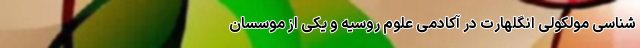
‌شناسیِ مولکولیِ انگلهارت در آکادمیِ علومِ روسیه و یکی از موسسانِ